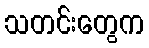
သတင်းတွေက